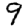
Digit: 9